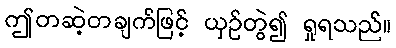
ဤတဆဲ့တချက်ဖြင့် ယှဉ်တွဲ၍ ရှုရသည်။